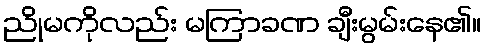
ညိုမကိုလည်း မကြာခဏ ချီးမွမ်းနေ၏။